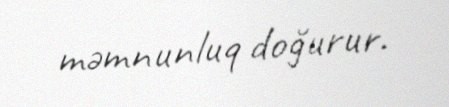
məmnunluq doğurur.